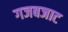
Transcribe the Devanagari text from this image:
गजबजाट